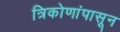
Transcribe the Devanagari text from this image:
त्रिकोणांपासून